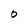
Character: 0